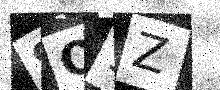
Text: SQ1Z